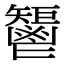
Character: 𩰤